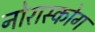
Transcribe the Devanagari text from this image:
नोरास्कोग